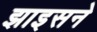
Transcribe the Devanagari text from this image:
झाइसने